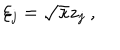
\xi _ { j } = \sqrt { \kappa } z _ { j } \ ,